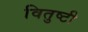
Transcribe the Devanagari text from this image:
वितुष्टी